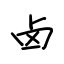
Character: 卤